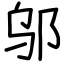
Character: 邬